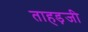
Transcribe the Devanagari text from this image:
ताहड़जी